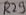
Text: R29